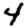
Digit: 4